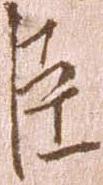
臣